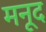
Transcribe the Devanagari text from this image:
मनूद